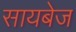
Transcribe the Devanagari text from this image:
सायबेज